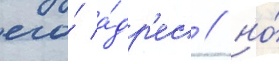
его́ а́др'ес / но́